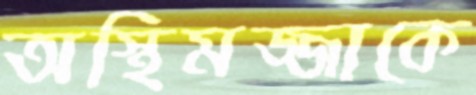
অস্থিমজ্জাকে